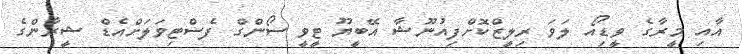
އާއި މީރާގެ ވީޑިއޯ ލަވަ ރިލީޒްކޮށްފިއުނޫޝާ އޭބީޔޫ ޓީވީ ސޯންގް ފެސްްޓިވަލަށްއެޑް ޝީރާންގެ